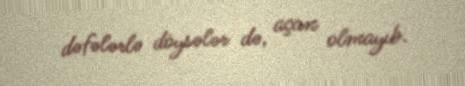
dəfələrlə döysələr də, açan olmayıb.